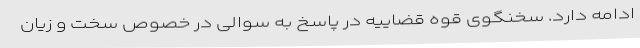
ادامه دارد. سخنگوی قوه قضاییه در پاسخ به سوالی در خصوص سخت و زیان